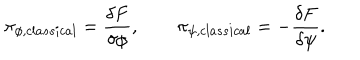
LaTeX: \pi _ { \phi , c l a s s i c a l } = { \frac { \delta F } { \delta \phi } } , \qquad \pi _ { \psi , c l a s s i c a l } = - { \frac { \delta F } { \delta \psi } } .